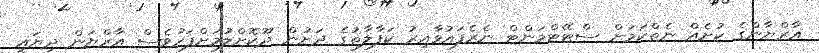
އާރްޔާންގެ ކުށެއް ނެތްކަމަށް ސްޓޭޓްމަންޓް ނެރެފައުވާއިރު ކަފާލާތުގެ ދަށުން ދޫކޮށްލުމަށްފަހުވެސް އާރްޔަން ދިޔައީ